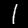
Label: 1